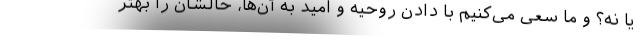
یا نه؟ و ما سعی می‌کنیم با دادن روحیه و امید به آن‌ها، حالشان را بهتر